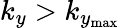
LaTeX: k_{y}>k_{y_{\mathrm{max}}}